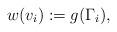
LaTeX: \begin{align*}w(v_{i}):=g(\Gamma_{i}),\end{align*}